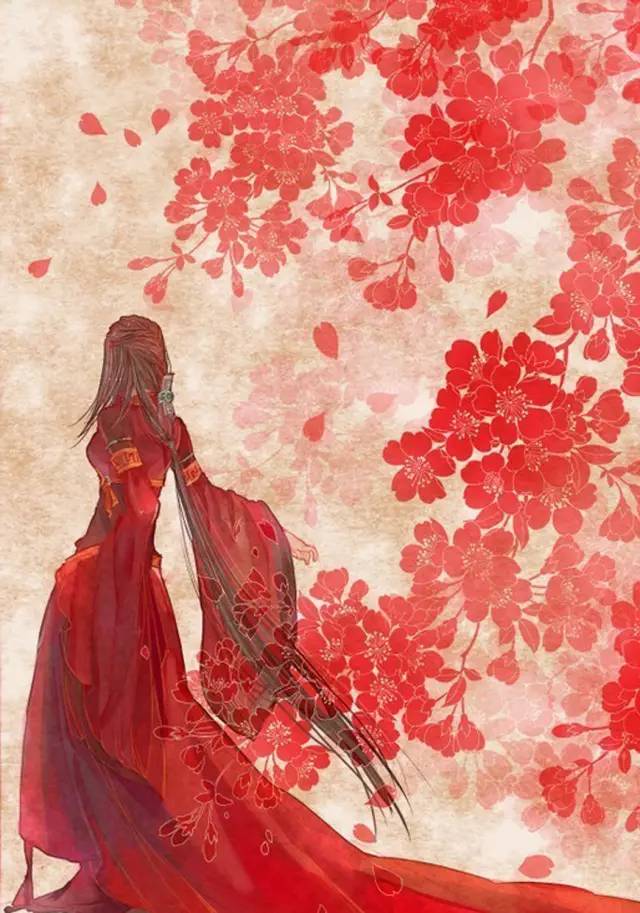
小怜玉体横陈夜，已报周师入晋阳。